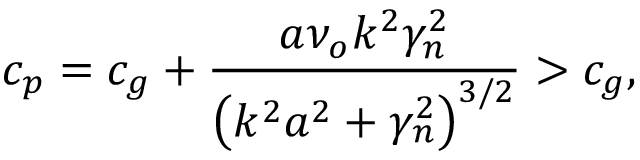
c _ { p } = c _ { g } + \frac { a \nu _ { o } k ^ { 2 } \gamma _ { n } ^ { 2 } } { \left( k ^ { 2 } a ^ { 2 } + \gamma _ { n } ^ { 2 } \right) ^ { 3 / 2 } } > c _ { g } ,